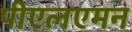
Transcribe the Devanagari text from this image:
पीएलएमन